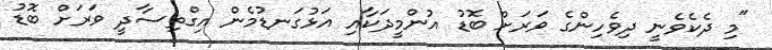
"މި ދެކެވެނީ ދިވެހިންގެ ވަރަށް ބޮޑު އުންމީދަކާއި އަޅުގަނޑުމެން އިގްތިސާދީ ވަރަށް ބޮޑު